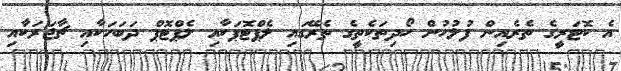
އެ ކޮޓަރީގެ ތެރެއިން ފުލުހުން ހޯދިތަކެތީގެ ތެރޭގައި ލެޕްޓޮޕަކާއި ލެޕްޓޮޕް ދަބަހަކާއި ޗާޖަރަކާއި